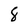
Character: 8